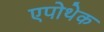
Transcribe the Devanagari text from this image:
एपोथेक